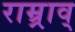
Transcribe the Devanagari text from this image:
राम्र्राव्